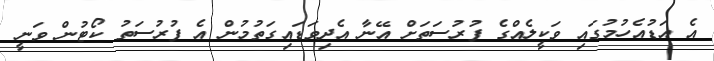
އެ އަޑުއެހުމުގައި ވަކީލެއްގެ ފުރުސަތަށް އޭނާ އެދިވަޑައިގަތުމުން އެ ފުރުސަތު ކޯޓުން ވަނީ